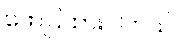
ဖော်ပြထားပါတယ်။